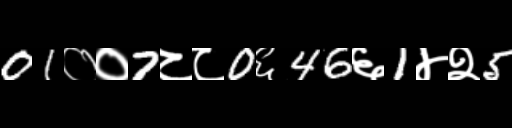
Text: 01००7८८0६46६1४२5